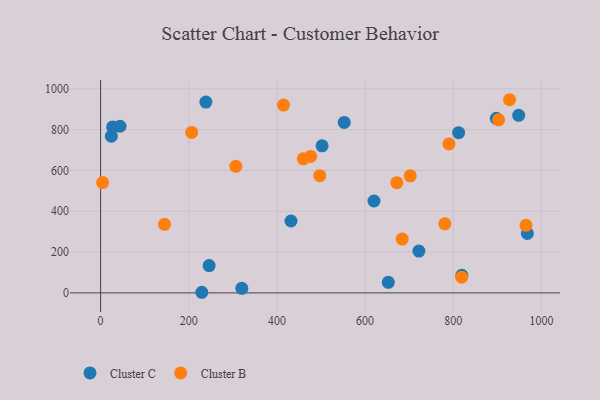
{"axis": {"x": "Study Hours", "y": "Demand"}, "legend": ["Cluster B", "Cluster C"], "data": [{"x": "968.2", "y": 291.1, "type": "Cluster C"}, {"x": "897.7", "y": 855.3, "type": "Cluster C"}, {"x": "652.7", "y": 52.0, "type": "Cluster C"}, {"x": "238.9", "y": 935.0, "type": "Cluster C"}, {"x": "27.3", "y": 813.3, "type": "Cluster C"}, {"x": "819.5", "y": 86.4, "type": "Cluster C"}, {"x": "812.2", "y": 785.4, "type": "Cluster C"}, {"x": "246.2", "y": 134.1, "type": "Cluster C"}, {"x": "320.4", "y": 22.4, "type": "Cluster C"}, {"x": "722.1", "y": 205.0, "type": "Cluster C"}, {"x": "552.8", "y": 835.3, "type": "Cluster C"}, {"x": "431.9", "y": 352.4, "type": "Cluster C"}, {"x": "44.1", "y": 816.6, "type": "Cluster C"}, {"x": "948.5", "y": 870.2, "type": "Cluster C"}, {"x": "229.6", "y": 3.0, "type": "Cluster C"}, {"x": "502.5", "y": 720.8, "type": "Cluster C"}, {"x": "24.4", "y": 768.3, "type": "Cluster C"}, {"x": "620.2", "y": 450.3, "type": "Cluster C"}, {"x": "780.9", "y": 338.5, "type": "Cluster B"}, {"x": "819.0", "y": 77.0, "type": "Cluster B"}, {"x": "497.2", "y": 574.7, "type": "Cluster B"}, {"x": "476.5", "y": 668.8, "type": "Cluster B"}, {"x": "306.7", "y": 620.3, "type": "Cluster B"}, {"x": "459.8", "y": 657.1, "type": "Cluster B"}, {"x": "927.8", "y": 946.7, "type": "Cluster B"}, {"x": "790.3", "y": 730.3, "type": "Cluster B"}, {"x": "702.5", "y": 573.6, "type": "Cluster B"}, {"x": "903.0", "y": 848.0, "type": "Cluster B"}, {"x": "415.0", "y": 920.3, "type": "Cluster B"}, {"x": "206.6", "y": 786.5, "type": "Cluster B"}, {"x": "145.0", "y": 335.8, "type": "Cluster B"}, {"x": "4.6", "y": 540.6, "type": "Cluster B"}, {"x": "684.1", "y": 263.8, "type": "Cluster B"}, {"x": "672.0", "y": 540.1, "type": "Cluster B"}, {"x": "965.1", "y": 331.1, "type": "Cluster B"}]}